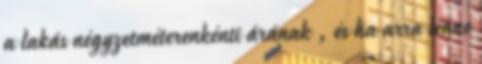
a lakás négyzetméterenkénti árának , és ha arra lenne